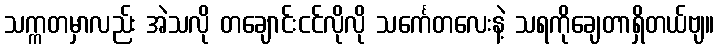
သက္ကတမှာလည်း အဲသလို တချောင်းငင်လိုလို သင်္ကေတလေးနဲ့ သရကိုချေတာရှိတယ်ဗျ။